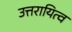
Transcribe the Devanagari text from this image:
उत्तरायित्व